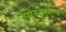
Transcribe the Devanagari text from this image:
स्यूस्टरमेन्स